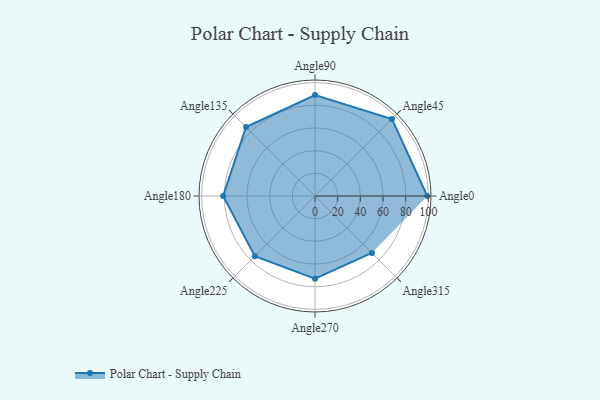
{"axis": {"x": "Angle", "y": "Radius"}, "legend": [""], "data": [{"x": "Angle0", "y": 99.0, "type": ""}, {"x": "Angle45", "y": 96.0, "type": ""}, {"x": "Angle90", "y": 89.0, "type": ""}, {"x": "Angle135", "y": 86.0, "type": ""}, {"x": "Angle180", "y": 81.0, "type": ""}, {"x": "Angle225", "y": 75.0, "type": ""}, {"x": "Angle270", "y": 73.0, "type": ""}, {"x": "Angle315", "y": 71.0, "type": ""}]}